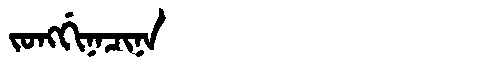
Manchu: ᠵᠣᠩᡤᡳᠨᠠᠴᡳᠨᠠ
Romanization: JONGGINACINA